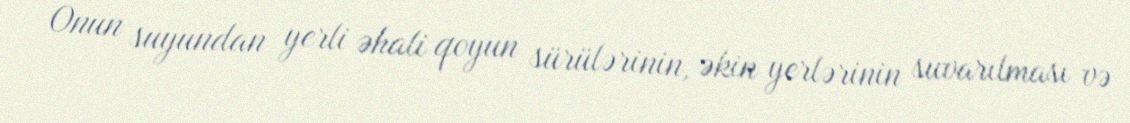
Onun suyundan yerli əhali qoyun sürülərinin, əkin yerlərinin suvarılması və